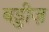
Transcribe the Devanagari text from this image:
बड्डीज़